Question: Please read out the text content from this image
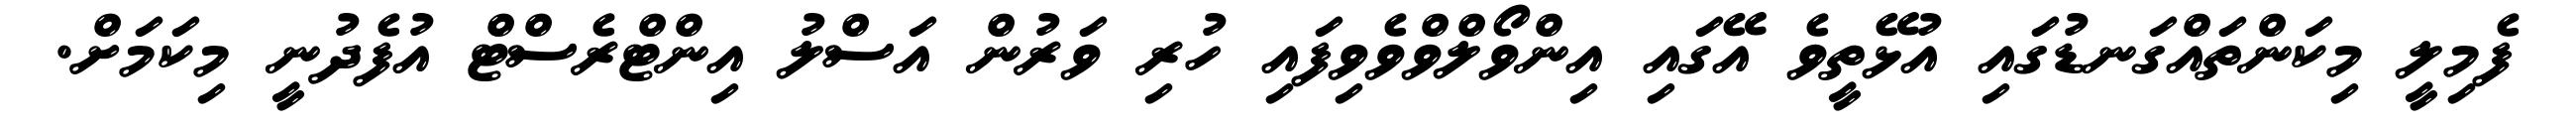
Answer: ފެމިލީ މިކަންތައްގަނޑުގައި އުޅޭތީވެ އޭގައި އިންވޯލްވްވެވިފައި ހުރި ވަރުން އަސްލު އިންޓްރެސްޓް އުފެދުނީ މިކަމަށް.